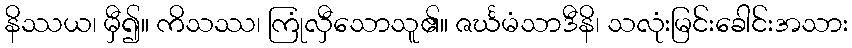
နိဿယ၊ မှီ၍။ ကိသဿ၊ ကြုံလှီသောသူ၏။ ဇင်္ဃမံသာဒီနိ၊ သလုံးမြင်းခေါင်းအသား